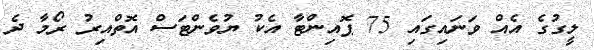
ލީގުގެ އެއް ވަނައިގައި 75 ޕޮއިންޓާ އެކު ޔުވެންޓަސް އޮތްއިރު ރޯމާ ދެ